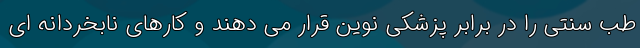
طب سنتی را در برابر پزشکی نوین قرار می دهند و کارهای نابخردانه ای